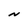
Character: N